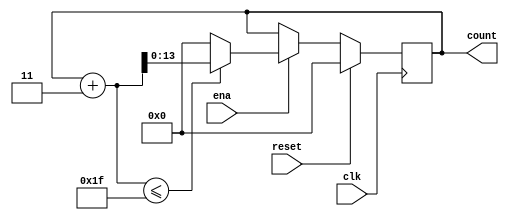
`define SIMULATION_MEMORY

module counter_31_3 (
	input clk,
	input reset,
	input ena,
	output reg [13:0] count
);

always @ (posedge clk) begin 
	if (reset) begin
		count <= 0;
	end else if (ena) begin
		if((count + 3) <= 31) begin
			count <= count + 3;
		end else begin
			count <= 14'd0;
		end
	end
end

endmodule